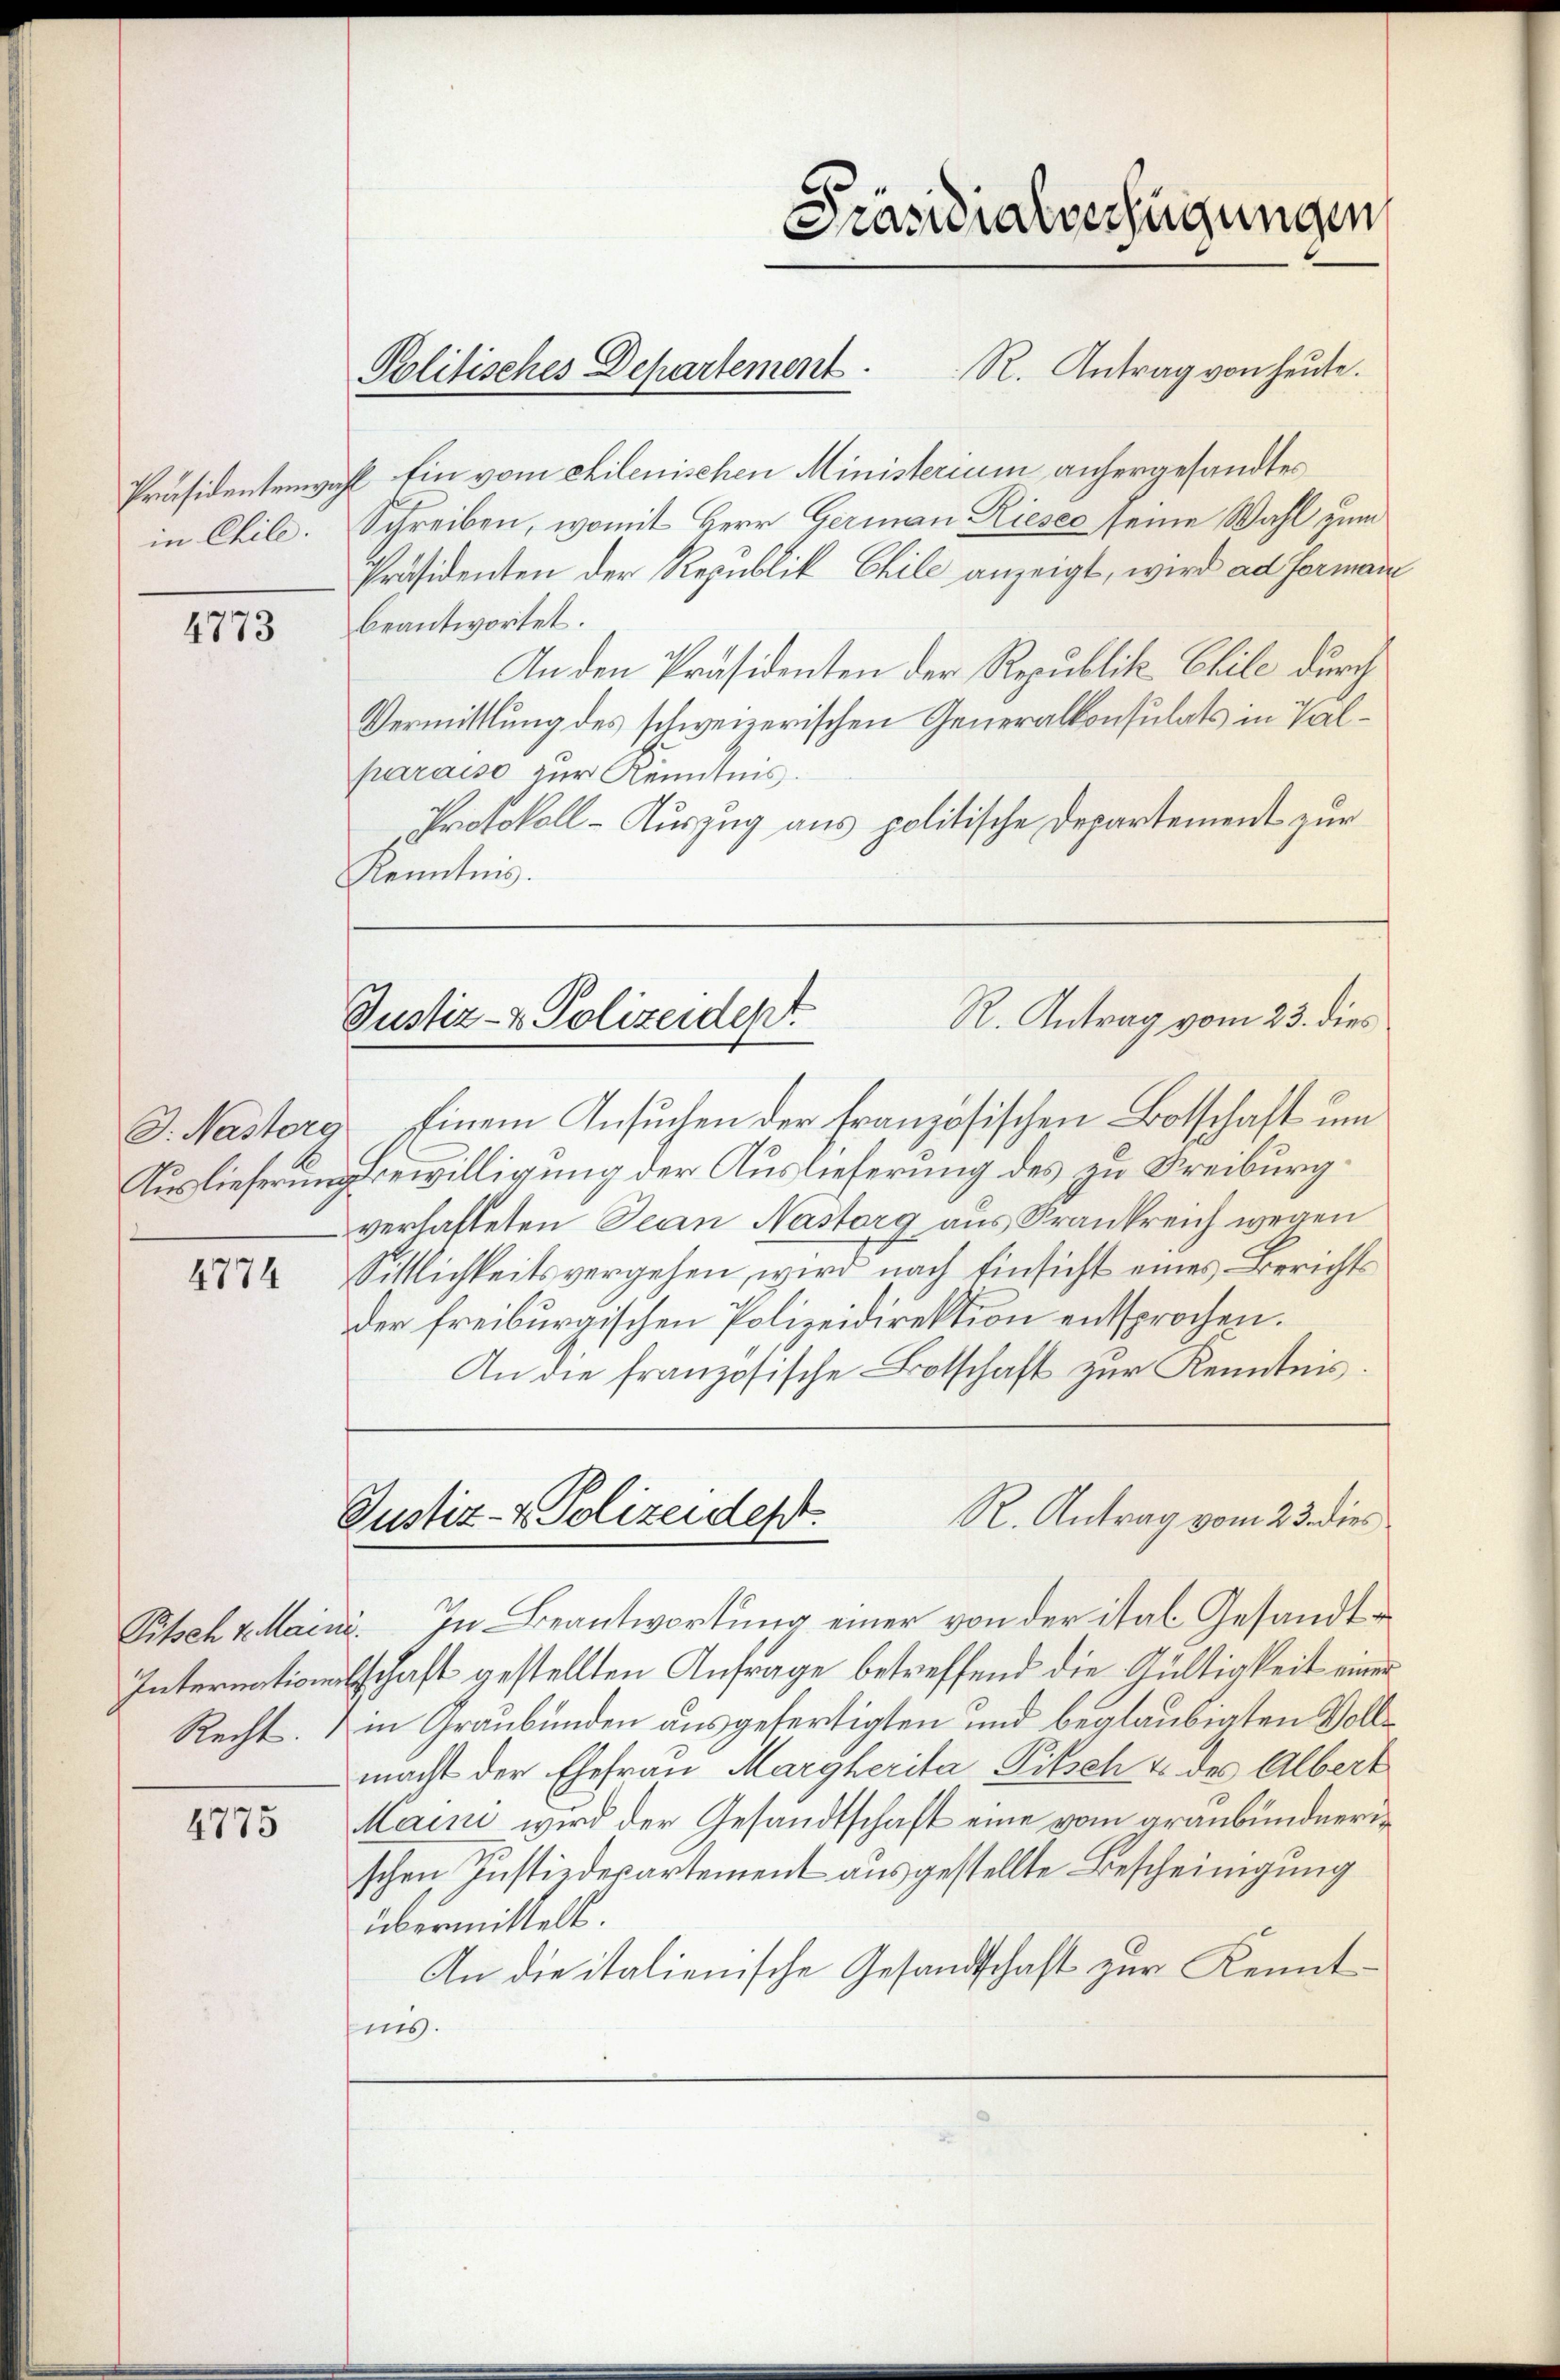
4773

J. Nastorg
Auslieferung

4774

Pitsch v. Main
Internationen.

4775

Präsidialverfügungen
R. Antrag von heute.
Politisches Departement.

Kenntnis.

Präsidentenwahl Ein vom chilenischen Ministerium anhergesandtes
in Chile. Schreiben, womit Herr German Rieser seine Wahl zum
Präsidenten der Republik Chile anzeigt, wird ad Forman
beantwortet.
An den Präsidenten der Republik Chile durch
Vermittlung des schweizerischen Generalkonsulats in Valparaiso zur Kenntnis.
Protokoll-Auszug aus politische Departement zur
Einem Ansuchen der französischen Botschaft um
Bewilligung der Auslieferung des zu Freiburgverhafteten Jean Nastorg aus Krankreich wegen
Sittlichkeitsvergehen, wird nach Einsicht eines Berichts
der freiburgischen Polizeidirektion entsprochen.
An die französische Botschaft zur Kenntnis.
Justiz- & Polizeidest.
R. Antrag vom 23. dies
. In Beantwortung einer von der ital Gesandttschaft gestellten Anfrage betreffend die Gültigkeit einer
Recht. in Graubünden ausgefertigten und beglaubigten Vollmacht der Ehefrau Margherita Pitsch & des Albert
Maini wird der Gesandtschaft eine vom graubündnerischen Justizdepartement ausgestellte Bescheinigung
übermittelt.
An die italienische Gesandtschaft zur Kenntnis.

R. Antrag vom 23. dies
Justiz- & Polizeidept.